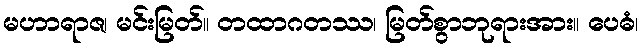
မဟာရာဇ၊ မင်းမြတ်။ တထာဂတဿ၊ မြတ်စွာဘုရားအား။ ပေဓံ၊